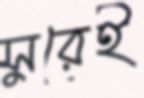
সুরেই